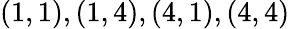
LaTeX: (1,1),(1,4),(4,1),(4,4)